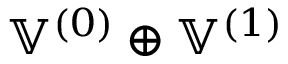
\mathbb { V } ^ { ( 0 ) } \oplus \mathbb { V } ^ { ( 1 ) }